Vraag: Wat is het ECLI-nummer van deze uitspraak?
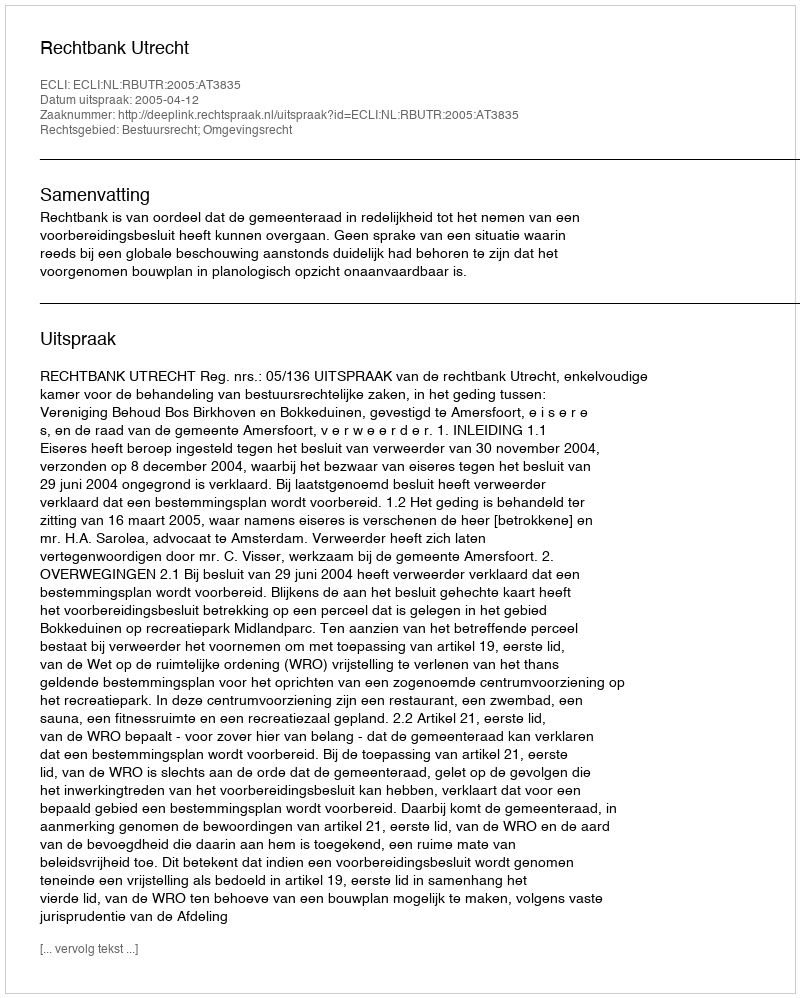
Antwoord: ECLI:NL:RBUTR:2005:AT3835